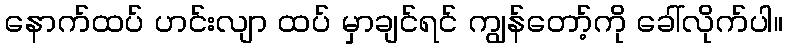
နောက်ထပ် ဟင်းလျာ ထပ် မှာချင်ရင် ကျွန်တော့်ကို ခေါ်လိုက်ပါ။